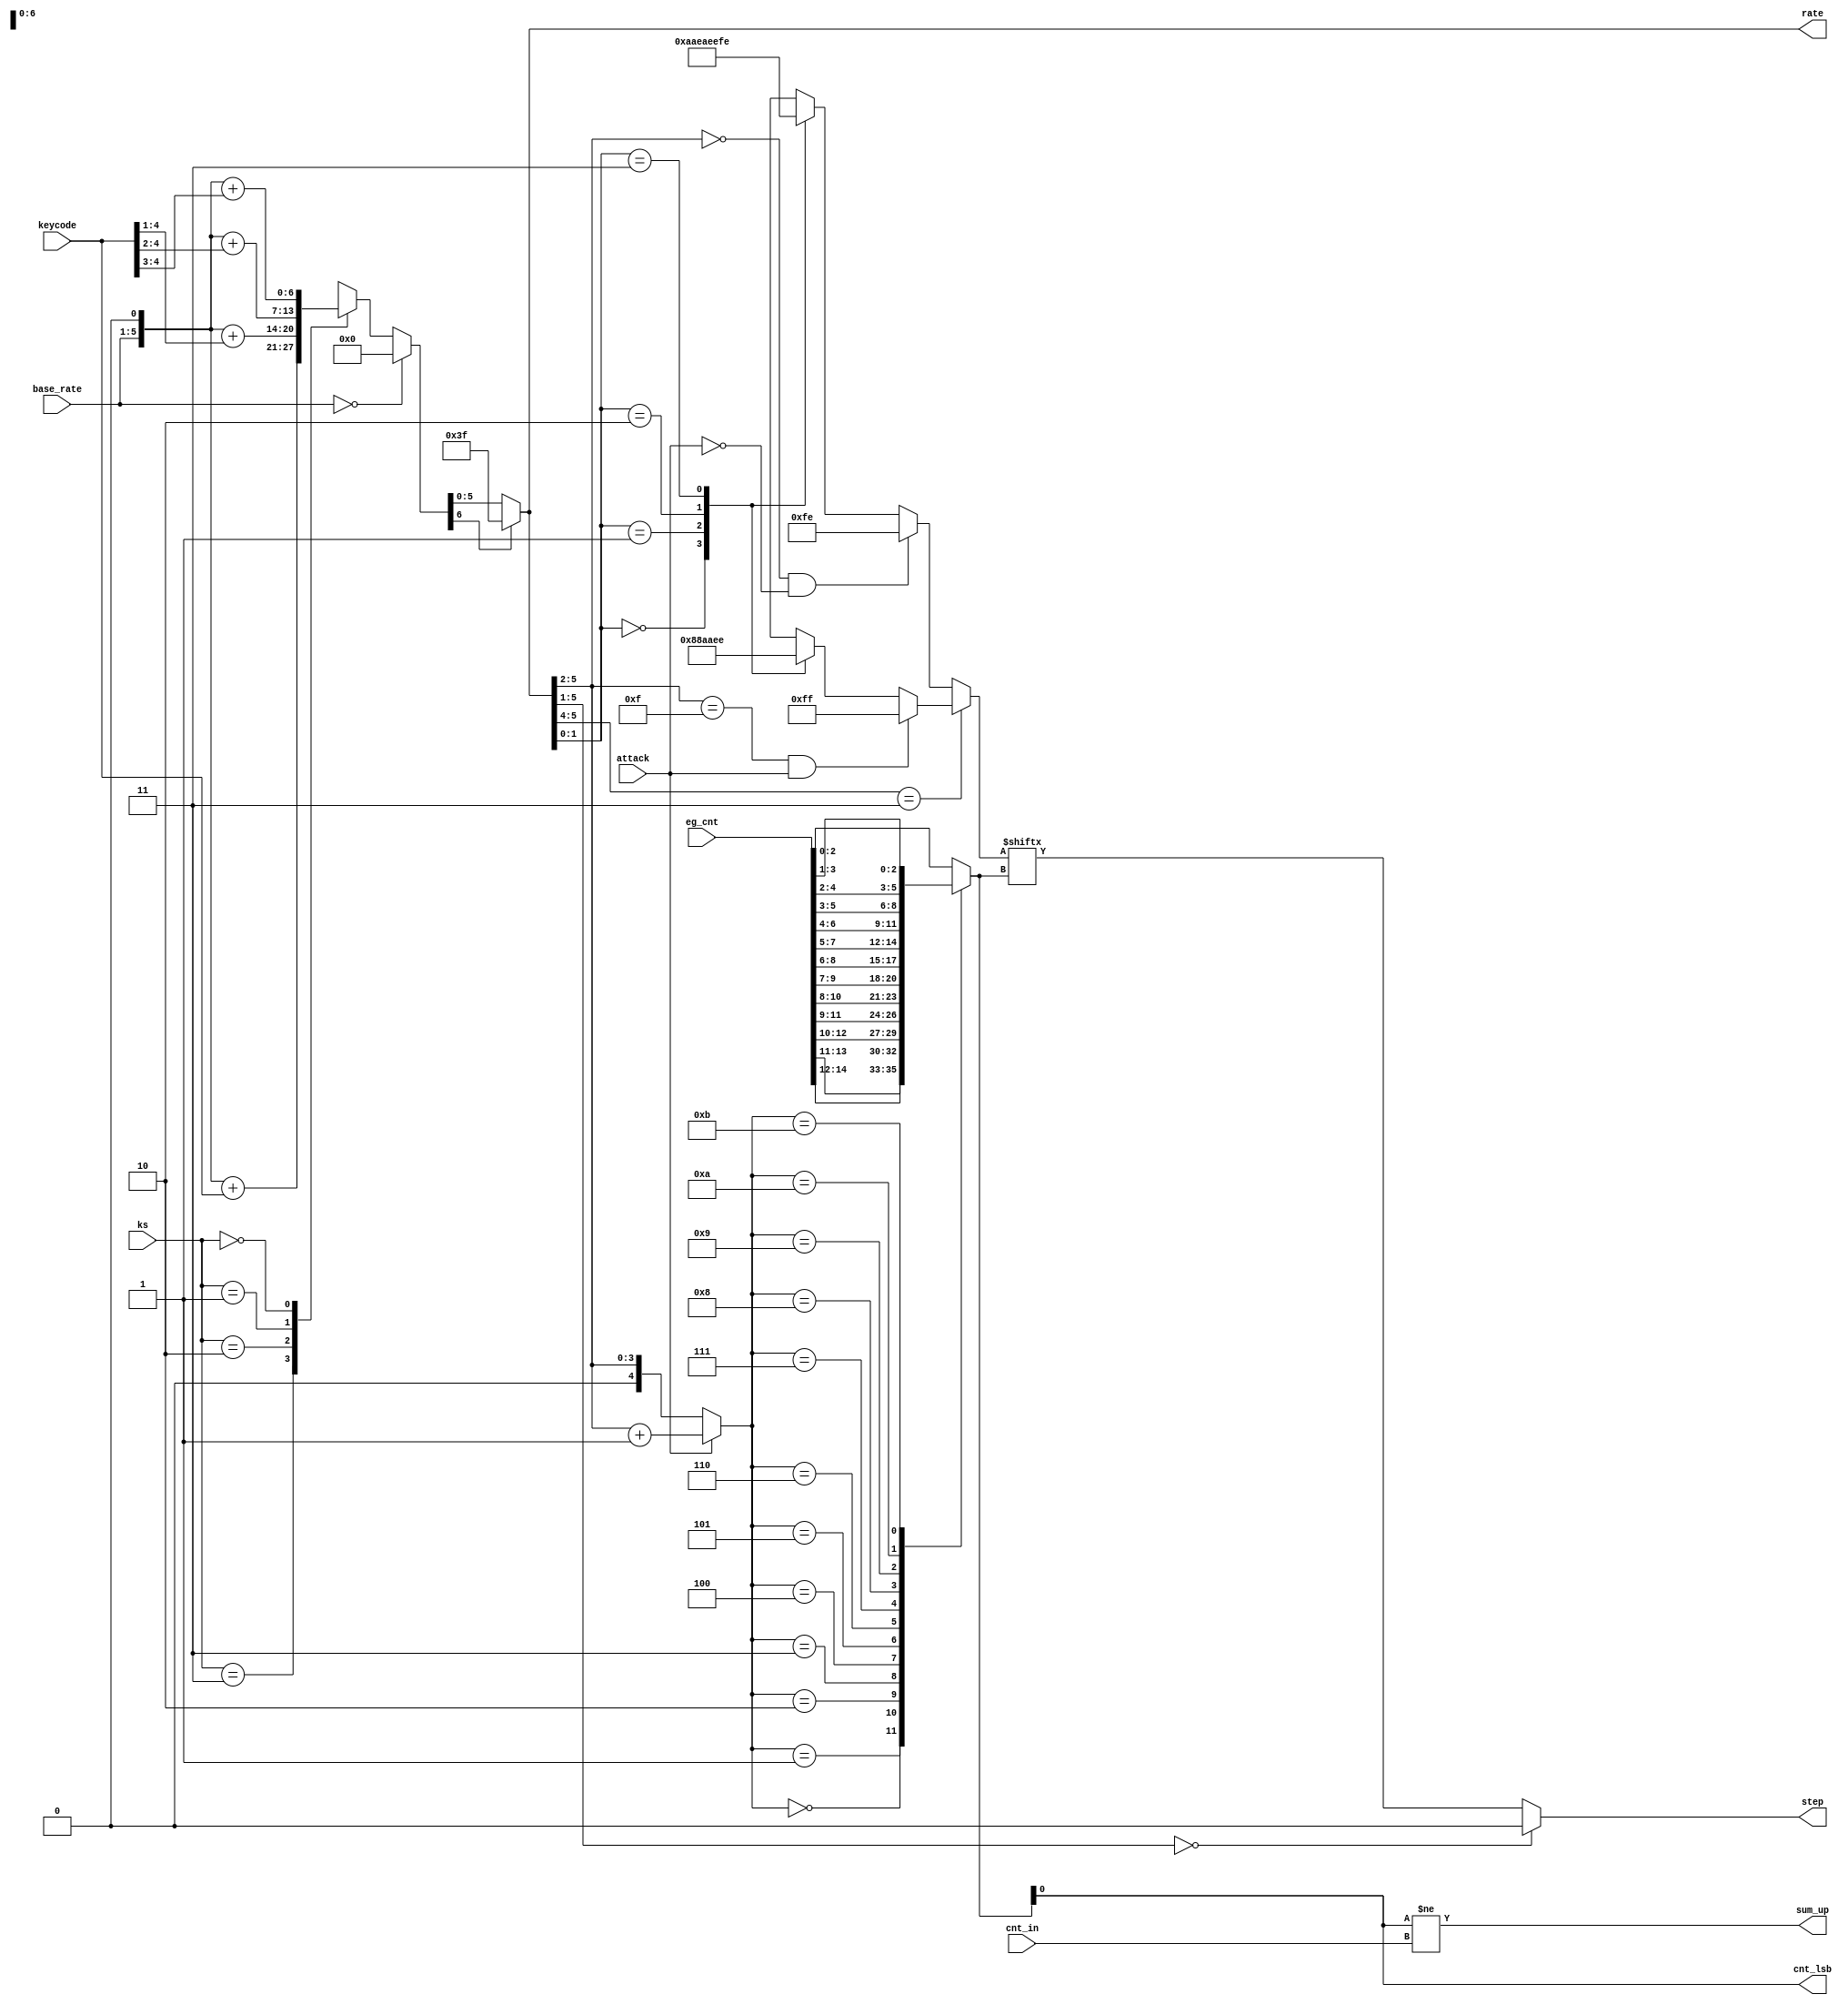
// This program was cloned from: https://github.com/MiSTer-devel/MegaCD_MiSTer
// License: GNU General Public License v3.0

/*  This file is part of JT12.

    JT12 is free software: you can redistribute it and/or modify
    it under the terms of the GNU General Public License as published by
    the Free Software Foundation, either version 3 of the License, or
    (at your option) any later version.

    JT12 is distributed in the hope that it will be useful,
    but WITHOUT ANY WARRANTY; without even the implied warranty of
    MERCHANTABILITY or FITNESS FOR A PARTICULAR PURPOSE.  See the
    GNU General Public License for more details.

    You should have received a copy of the GNU General Public License
    along with JT12.  If not, see <http://www.gnu.org/licenses/>.

    Author: Jose Tejada Gomez. Twitter: @topapate
    Version: 1.0
    Date: 29-10-2018

    */

module jt12_eg_step(
    input           attack,
    input [ 4:0]    base_rate,
    input [ 4:0]    keycode,
    input [14:0]    eg_cnt,
    input           cnt_in,
    input [ 1:0]    ks,
    output          cnt_lsb,
    output       reg step,
    output reg [5:0] rate,
    output reg      sum_up
);

reg     [6:0]   pre_rate;

always @(*) begin : pre_rate_calc
    if( base_rate == 5'd0 )
        pre_rate = 7'd0;
    else
        case( ks )
            2'd3:   pre_rate = { base_rate, 1'b0 } + { 1'b0, keycode };
            2'd2:   pre_rate = { base_rate, 1'b0 } + { 2'b0, keycode[4:1] };
            2'd1:   pre_rate = { base_rate, 1'b0 } + { 3'b0, keycode[4:2] };
            2'd0:   pre_rate = { base_rate, 1'b0 } + { 4'b0, keycode[4:3] };
        endcase
end

always @(*)
    rate = pre_rate[6] ? 6'd63 : pre_rate[5:0];

reg [2:0] cnt;

reg [4:0] mux_sel;
always @(*) begin
    mux_sel = attack ? (rate[5:2]+4'd1): {1'b0,rate[5:2]};
end // always @(*)

always @(*) 
    case( mux_sel )
        5'h0: cnt = eg_cnt[14:12];
        5'h1: cnt = eg_cnt[13:11];
        5'h2: cnt = eg_cnt[12:10];
        5'h3: cnt = eg_cnt[11: 9];
        5'h4: cnt = eg_cnt[10: 8];
        5'h5: cnt = eg_cnt[ 9: 7];
        5'h6: cnt = eg_cnt[ 8: 6];
        5'h7: cnt = eg_cnt[ 7: 5];
        5'h8: cnt = eg_cnt[ 6: 4];
        5'h9: cnt = eg_cnt[ 5: 3];
        5'ha: cnt = eg_cnt[ 4: 2];
        5'hb: cnt = eg_cnt[ 3: 1];
        default: cnt = eg_cnt[ 2: 0];
    endcase

////////////////////////////////
reg [7:0] step_idx;

always @(*) begin : rate_step
    if( rate[5:4]==2'b11 ) begin // 0 means 1x, 1 means 2x
        if( rate[5:2]==4'hf && attack)
            step_idx = 8'b11111111; // Maximum attack speed, rates 60&61
        else
        case( rate[1:0] )
            2'd0: step_idx = 8'b00000000;
            2'd1: step_idx = 8'b10001000; // 2
            2'd2: step_idx = 8'b10101010; // 4
            2'd3: step_idx = 8'b11101110; // 6
        endcase
    end
    else begin
        if( rate[5:2]==4'd0 && !attack)
            step_idx = 8'b11111110; // limit slowest decay rate
        else
        case( rate[1:0] )
            2'd0: step_idx = 8'b10101010; // 4
            2'd1: step_idx = 8'b11101010; // 5
            2'd2: step_idx = 8'b11101110; // 6
            2'd3: step_idx = 8'b11111110; // 7
        endcase
    end
    // a rate of zero keeps the level still
    step = rate[5:1]==5'd0 ? 1'b0 : step_idx[ cnt ];
end

assign cnt_lsb = cnt[0];
always @(*) begin
    sum_up = cnt[0] != cnt_in;
end

endmodule // eg_step